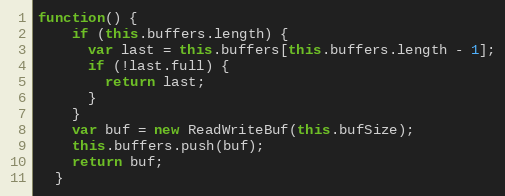
Language: JavaScript
function() {
    if (this.buffers.length) {
      var last = this.buffers[this.buffers.length - 1];
      if (!last.full) {
        return last;
      }
    }
    var buf = new ReadWriteBuf(this.bufSize);
    this.buffers.push(buf);
    return buf;
  }